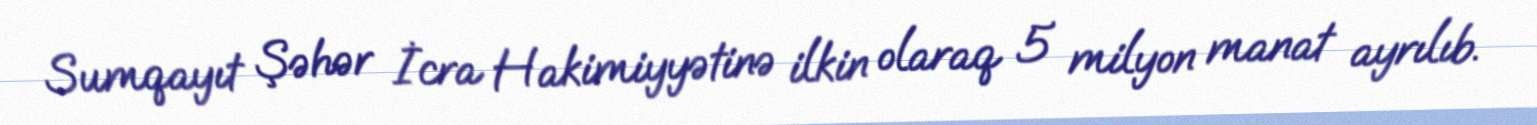
Sumqayıt Şəhər İcra Hakimiyyətinə ilkin olaraq 5 milyon manat ayrılıb.